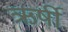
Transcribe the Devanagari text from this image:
ऋर्षी